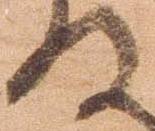
の